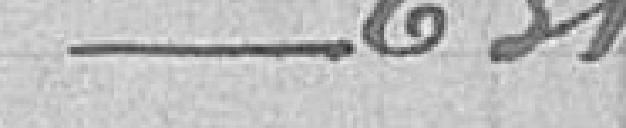
/ 631